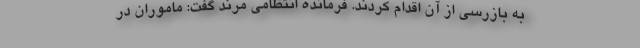
به بازرسی از آن اقدام کردند. فرمانده انتظامی مرند گفت: ماموران در